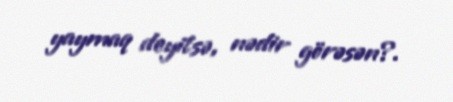
yaymaq deyilsə, nədir görəsən?.